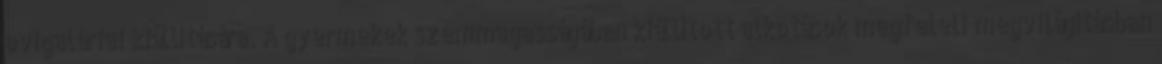
ovigalériai kiállítására. A gyermekek szemmagasságában kiállított alkotások megfelelı megvilágításban